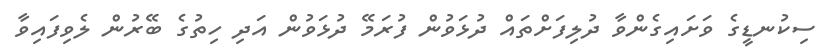
ސިކުނޑީގެ ވަށައިގެންވާ ދުލިފަށްތައް ދުޅަވުން ފުރަމޭ ދުޅަވުން އަދި ހިތުގެ ބޭރުން ލެވިފައިވާ